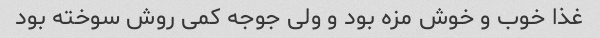
غذا خوب و خوش مزه بود و ولی جوجه کمی روش سوخته بود